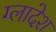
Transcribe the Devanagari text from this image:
ग्लादेश